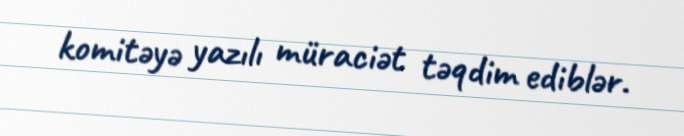
komitəyə yazılı müraciət təqdim ediblər.